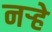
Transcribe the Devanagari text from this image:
नर्‍हे